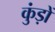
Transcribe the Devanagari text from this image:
कुंड़ों